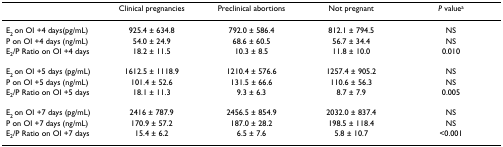
<table><thead><tr><td></td><td><b>Clinical pregnancies</b></td><td><b>Preclinical abortions</b></td><td><b>Not pregnant</b></td><td><b><i>P </i>value<sup>a</sup></b></td></tr></thead><tbody><tr><td>E<sub>2 </sub>on OI +4 days(pg/mL)</td><td>925.4 ± 634.8</td><td>792.0 ± 586.4</td><td>812.1 ± 794.5</td><td>NS</td></tr><tr><td>P on OI +4 days (ng/mL)</td><td>54.0 ± 24.9</td><td>68.6 ± 60.5</td><td>56.7 ± 34.4</td><td>NS</td></tr><tr><td>E<sub>2</sub>/P Ratio on OI +4 days</td><td>18.2 ± 11.5</td><td>10.3 ± 8.5</td><td>11.8 ± 10.0</td><td>0.010</td></tr><tr><td>E<sub>2 </sub>on OI +5 days (pg/mL)</td><td>1612.5 ± 1118.9</td><td>1210.4 ± 576.6</td><td>1257.4 ± 905.2</td><td>NS</td></tr><tr><td>P on OI +5 days (ng/mL)</td><td>101.4 ± 52.6</td><td>131.5 ± 66.6</td><td>110.6 ± 56.3</td><td>NS</td></tr><tr><td>E<sub>2</sub>/P Ratio on OI +5 days</td><td>18.1 ± 11.3</td><td>9.3 ± 6.3</td><td>8.7 ± 7.9</td><td>0.005</td></tr><tr><td>E<sub>2 </sub>on OI +7 days (pg/mL)</td><td>2416 ± 787.9</td><td>2456.5 ± 854.9</td><td>2032.0 ± 837.4</td><td>NS</td></tr><tr><td>P on OI +7 days (ng/mL)</td><td>170.9 ± 57.2</td><td>187.0 ± 28.2</td><td>198.5 ± 118.4</td><td>NS</td></tr><tr><td>E<sub>2</sub>/P Ratio on OI +7 days</td><td>15.4 ± 6.2</td><td>6.5 ± 7.6</td><td>5.8 ± 10.7</td><td>&lt;0.001</td></tr></tbody></table>